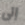
إلى